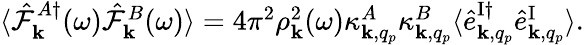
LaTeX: \begin{array}{r}{\langle\hat{\mathcal{F}}_{{\mathbf k}}^{A\dagger}(\omega)\hat{\mathcal{F}}_{{\mathbf k}}^{B}(\omega)\rangle=4\pi^{2}\rho_{{\mathbf k}}^{2}(\omega)\kappa_{{\mathbf k},q_{p}}^{A}\kappa_{{\mathbf k},q_{p}}^{B}\langle\hat{e}_{{\mathbf k},q_{p}}^{\mathrm{I}\dagger}\hat{e}_{{\mathbf k},q_{p}}^{\mathrm{I}}\rangle.}\end{array}